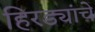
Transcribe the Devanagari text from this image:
हिरड्यांचे